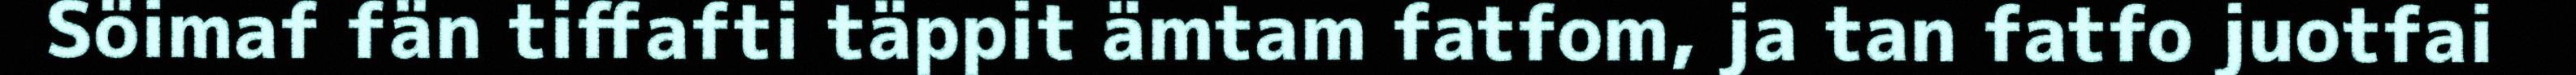
Söimaf fän tiffafti täppit ämtam fatfom, ja tan fatfo juotfai